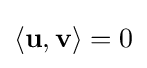
\langle \mathbf {u} ,\mathbf {v} \rangle =0